Report on vaccination in Madras 1922-1929 - 1922-1929
Year: 1922
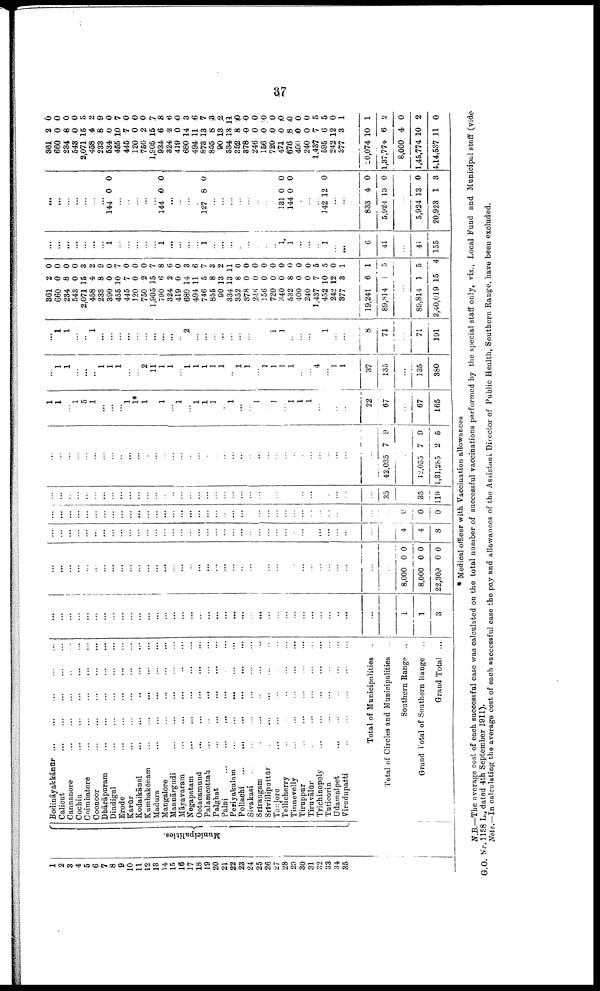
37
1
2
3
4
5
6
7
8
9
10
11
12
13
14
15
16
17
18
19
20
21
22
23
24
25
26
27
28
29
30
31 32 33 34 35
Municipalities.
Bodināyakkānūr
...
...
...
...
...
Calicut
...
...
...
...
...
Cannanore ... ... ... ... ...
Cochin
...
...
...
...
...
Coimbatore
...
...
...
...
...
Coonoor
...
...
...
...
...
Dhārāpuram
...
...
...
...
...
Dindigul
...
...
...
...
...
Erode ... ... ... ... ...
Karūr
...
...
...
...
...
Kodaikānal
...
...
...
...
...
Kumbakōnam ... ... ... ... ...
Madura
...
...
...
...
...
Mangalore
...
...
...
...
Mannārgudi
...
...
...
...
...
Māyavaram ... ... ... ... ...
Negapatam
...
...
...
...
...
Ootacamund
...
...
...
...
...
Palamcottah
...
...
...
...
...
Palghat
...
...
...
...
...
Palni ... ... ... ... ... ...
Periyakulam
...
...
...
...
...
Pollachi
...
...
...
...
...
...
Sivakasi
...
...
...
...
...
...
Srirangam
...
...
...
...
...
Srīvilliputtūr
...
...
...
...
...
Tanjore ... ... ... ... ...
Tellicherry
...
...
...
...
...
Tinnevelly ... ... ... ... ...
Tiruppur ... ... ... ... ...
Tiruvālūr
...
...
...
...
...
Trichinopoly
...
...
...
...
...
Tuticorin
...
...
...
...
...
Udamalpet
...
...
...
...
...
Virudupatti ... ... ... ... ...
Total of Municipalities ...
Total of Circles and Municipalities ...
Southern Range ...
Grand Total of Southern Range ...
Grand Total ...
...
...
...
...
...
...
...
...
...
...
...
...
...
...
...
...
...
...
...
...
...
...
...
...
...
...
...
...
...
...
...
...
...
...
...
...
...
1
1
3
...
...
...
...
...
...
...
...
...
...
...
...
...
...
...
...
...
...
...
...
...
...
...
...
...
...
...
...
...
...
...
...
...
...
...
...
...
8,000
8,000
22,309
0
0
0
0
0
0
...
...
...
...
...
...
...
...
...
...
...
...
...
...
...
...
...
...
...
...
...
...
...
...
...
...
...
...
...
...
...
...
...
...
...
...
...
4
4
8
...
...
...
...
...
...
...
...
...
...
...
...
...
...
...
...
...
...
...
...
...
...
...
...
...
...
...
...
...
...
...
...
...
...
...
...
...
0
0
0
...
...
...
...
...
...
...
...
...
...
...
...
...
...
...
...
...
...
...
...
...
...
...
...
...
...
...
...
...
...
...
...
...
...
...
...
35
...
35
119
...
...
...
...
...
...
...
...
...
...
...
...
...
...
...
...
...
...
...
...
...
...
...
...
...
...
...
...
...
...
...
...
...
...
...
...
42,035 7 9
...
42,035
1,31,285
7
2
9
5
1
1
...
1
5
1
...
...
...
1
1*
1
...
1
...
1
...
1
1
1
...
1
...
...
1
...
1
...
1
1
1
...
...
...
...
22
67
...
67
165
...
1
1
...
...
...
1
1
1
...
...
2
11
1
1
...
1
1
1
1
1
...
1
1
...
1
1
1
1
...
...
4
...
1
1
37
135
...
135
380
...
1
1
...
..
1
...
...
...
...
...
...
...
...
...
...
2
...
...
...
...
...
...
...
...
...
1
1
...
...
...
...
1
...
...
8
71
...
71
191
361
660
234
543
2,071
458
.
390
455
445
120
750
1,905
790
324
419
680
494
746
855
90
334
352
378
246
156
720
340
532
400
240
1,437
452
242
377
19,241
89,814
2
0
8
0
15
4
8
0
10
7
0
2
15
6
2
0
14
11
5
8
13
13
8
0
0
0
0
0
8
0
0
7
10
12
3
6
1
0
0
0
0
3
2
9
0
7
0
0
0
7
8
6
0
3
6
7
3
2
11
0
0
0
0
0
0
0
0
0
5
5
0
1
1
5
...
89,814
2,40,019
1
15
5
4
...
...
...
...
...
...
...
1
...
...
...
...
...
1
...
...
...
...
1
...
...
...
...
...
...
...
...
1
1
...
...
...
1
...
...
6
41
...
41
155
...
...
...
...
...
...
...
144 0 0
...
...
...
...
...
144 0 0
...
...
...
...
127 8 0
...
...
...
...
...
...
...
...
131
144
0
0
0
0
...
...
...
142 12 0
...
...
833
5,924
4
13
0
0
...
5,924
20,923
13
1
0
3
361
660
234
543
2,071
458
233
534
455
445
120
750
1,905
934
324
419
680
494
873
855
90
334
352
378
246
156
720
471
676
400
240
1,437
595
242
377
20,074
1,37,774
8,000
1,45,774
4,14,537
2
0
8
0
15
4
8
0
10
7 0
2
15
6
2
0
14
11
13
8
13
13
8
0
0
0
0
0
8
0
0
7
6
12
3
10
6
4
10
11
0
0
0
0
3
2
9
0
7
0
0
0
7
8
6
0
3
6
7
3
2
11
0
0
0
0
0
0
0
0
0
5
5
0
1
1
2
0
2
0
* Medical officer with Vaccination allowances
N.B.—The average cost of each successful case was calculated on the total number of successful vaccinations performed by the special staff only, viz., Local Fund and Municipal staff (vide
G.O. No.1158 L., dated 4th September 1911).
Note.—In calculating the average cost of each successful case the pay and allowances of the Assistant Director of Public Health, Southern Range, have been excluded.